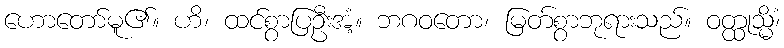
ဟောတော်မူ၏။ ဟိ၊ ထင်စွာပြဦးအံ့။ ဘဂဝတော၊ မြတ်စွာဘုရားသည်။ ဝတ္ထုသ္မိံ၊